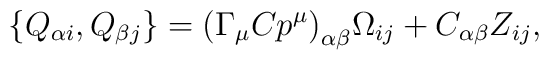
\{Q_{\alpha i},Q_{\beta j}\}= \bigl( \Gamma_\mu C p^\mu\bigr)_{\alpha\beta}\Omega_{ij} +C_{\alpha\beta}Z_{ij},